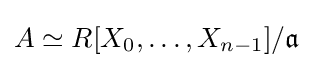
A\simeq R[X_{0},\dotsc ,X_{n-1}]/{\mathfrak {a}}